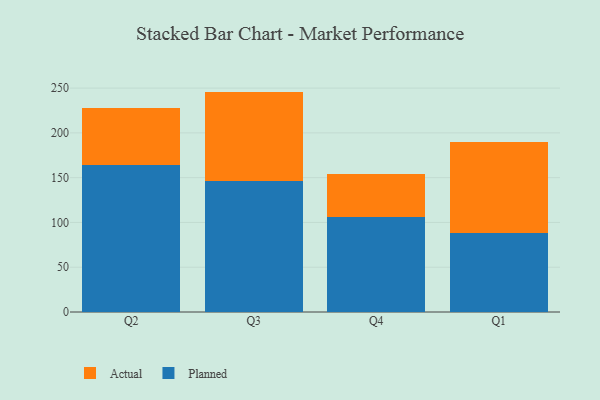
{"axis": {"x": "Quarter", "y": "Tickets Resolved"}, "legend": ["Actual", "Planned"], "data": [{"x": "Q2", "y": 164.2, "type": "Planned"}, {"x": "Q2", "y": 63.6, "type": "Actual"}, {"x": "Q3", "y": 146.3, "type": "Planned"}, {"x": "Q3", "y": 99.8, "type": "Actual"}, {"x": "Q4", "y": 106.6, "type": "Planned"}, {"x": "Q4", "y": 47.8, "type": "Actual"}, {"x": "Q1", "y": 88.6, "type": "Planned"}, {"x": "Q1", "y": 100.9, "type": "Actual"}]}